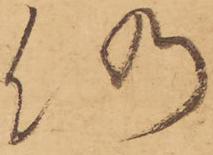
仍